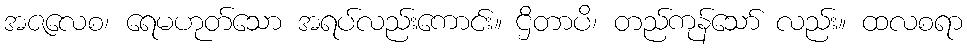
အဇလေစ၊ ရေမဟုတ်သော အရပ်လည်းကောင်း။ ဌိတာပိ၊ တည်ကုန်သော် လည်း။ ထလစရာ